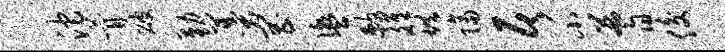
沱瞢破勤羹罔盥敕雒烘隔居小蓍俊